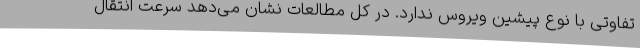
تفاوتی با نوع پیشین ویروس ندارد. در کل مطالعات نشان می‌دهد سرعت انتقال